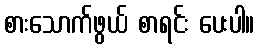
စားသောက်ဖွယ် စာရင်း ပေးပါ။